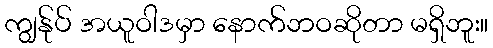
ကျွန်ုပ် အယူဝါဒမှာ နောက်ဘဝဆိုတာ မရှိဘူး။